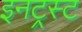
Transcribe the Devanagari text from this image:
इनट्रस्ट